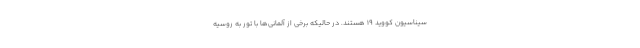
سیناسیون کووید 19 هستند. در حالیکه برخی از آلمانی‌ها با تور به روسیه